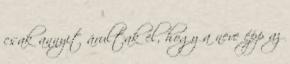
csak annyit árultak el, hogy a neve épp az